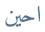
احين